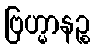
ဗြဟ္မာနဉ္စ